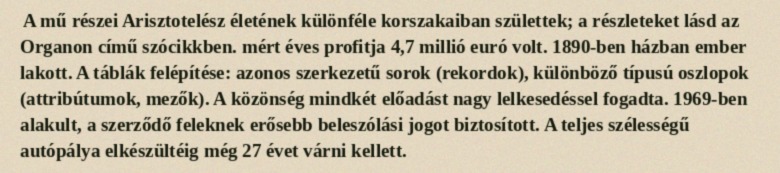
A mű részei Arisztotelész életének különféle korszakaiban születtek; a részleteket lásd az Organon című szócikkben. mért éves profitja 4,7 millió euró volt. 1890-ben házban ember lakott. A táblák felépítése: azonos szerkezetű sorok (rekordok), különböző típusú oszlopok (attribútumok, mezők). A közönség mindkét előadást nagy lelkesedéssel fogadta. 1969-ben alakult, a szerződő feleknek erősebb beleszólási jogot biztosított. A teljes szélességű autópálya elkészültéig még 27 évet várni kellett.